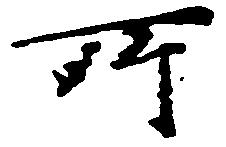
所